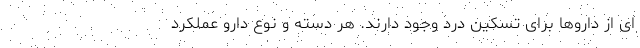
ای از داروها برای تسکین درد وجود دارند. هر دسته و نوع دارو عملکرد